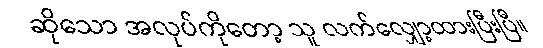
ဆိုသော အလုပ်ကိုတော့ သူ လက်လျှော့ထားပြီးပြီ။